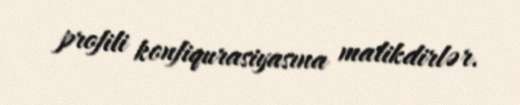
profili konfiqurasiyasına malikdirlər.